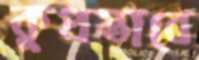
কুপ্রস্তাবে